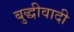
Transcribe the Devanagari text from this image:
बुद्धीवादी